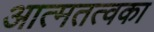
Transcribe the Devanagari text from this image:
आत्मतत्वका